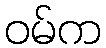
ဝမ်က